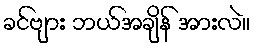
ခင်ဗျား ဘယ်အချိန် အားလဲ။